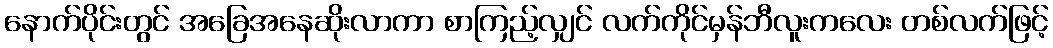
နောက်ပိုင်းတွင် အခြေအနေဆိုးလာကာ စာကြည့်လျှင် လက်ကိုင်မှန်ဘီလူးကလေး တစ်လက်ဖြင့်